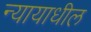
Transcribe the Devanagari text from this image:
न्यायाधील